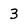
Character: 3